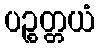
ပဉ္စတ္တယံ